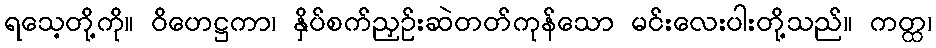
ရသေ့တို့ကို။ ဝိဟေဋ္ဌကာ၊ နှိပ်စက်ညှဉ်းဆဲတတ်ကုန်သော မင်းလေးပါးတို့သည်။ ကတ္ထ၊